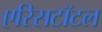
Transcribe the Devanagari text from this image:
एरिसटॉटल